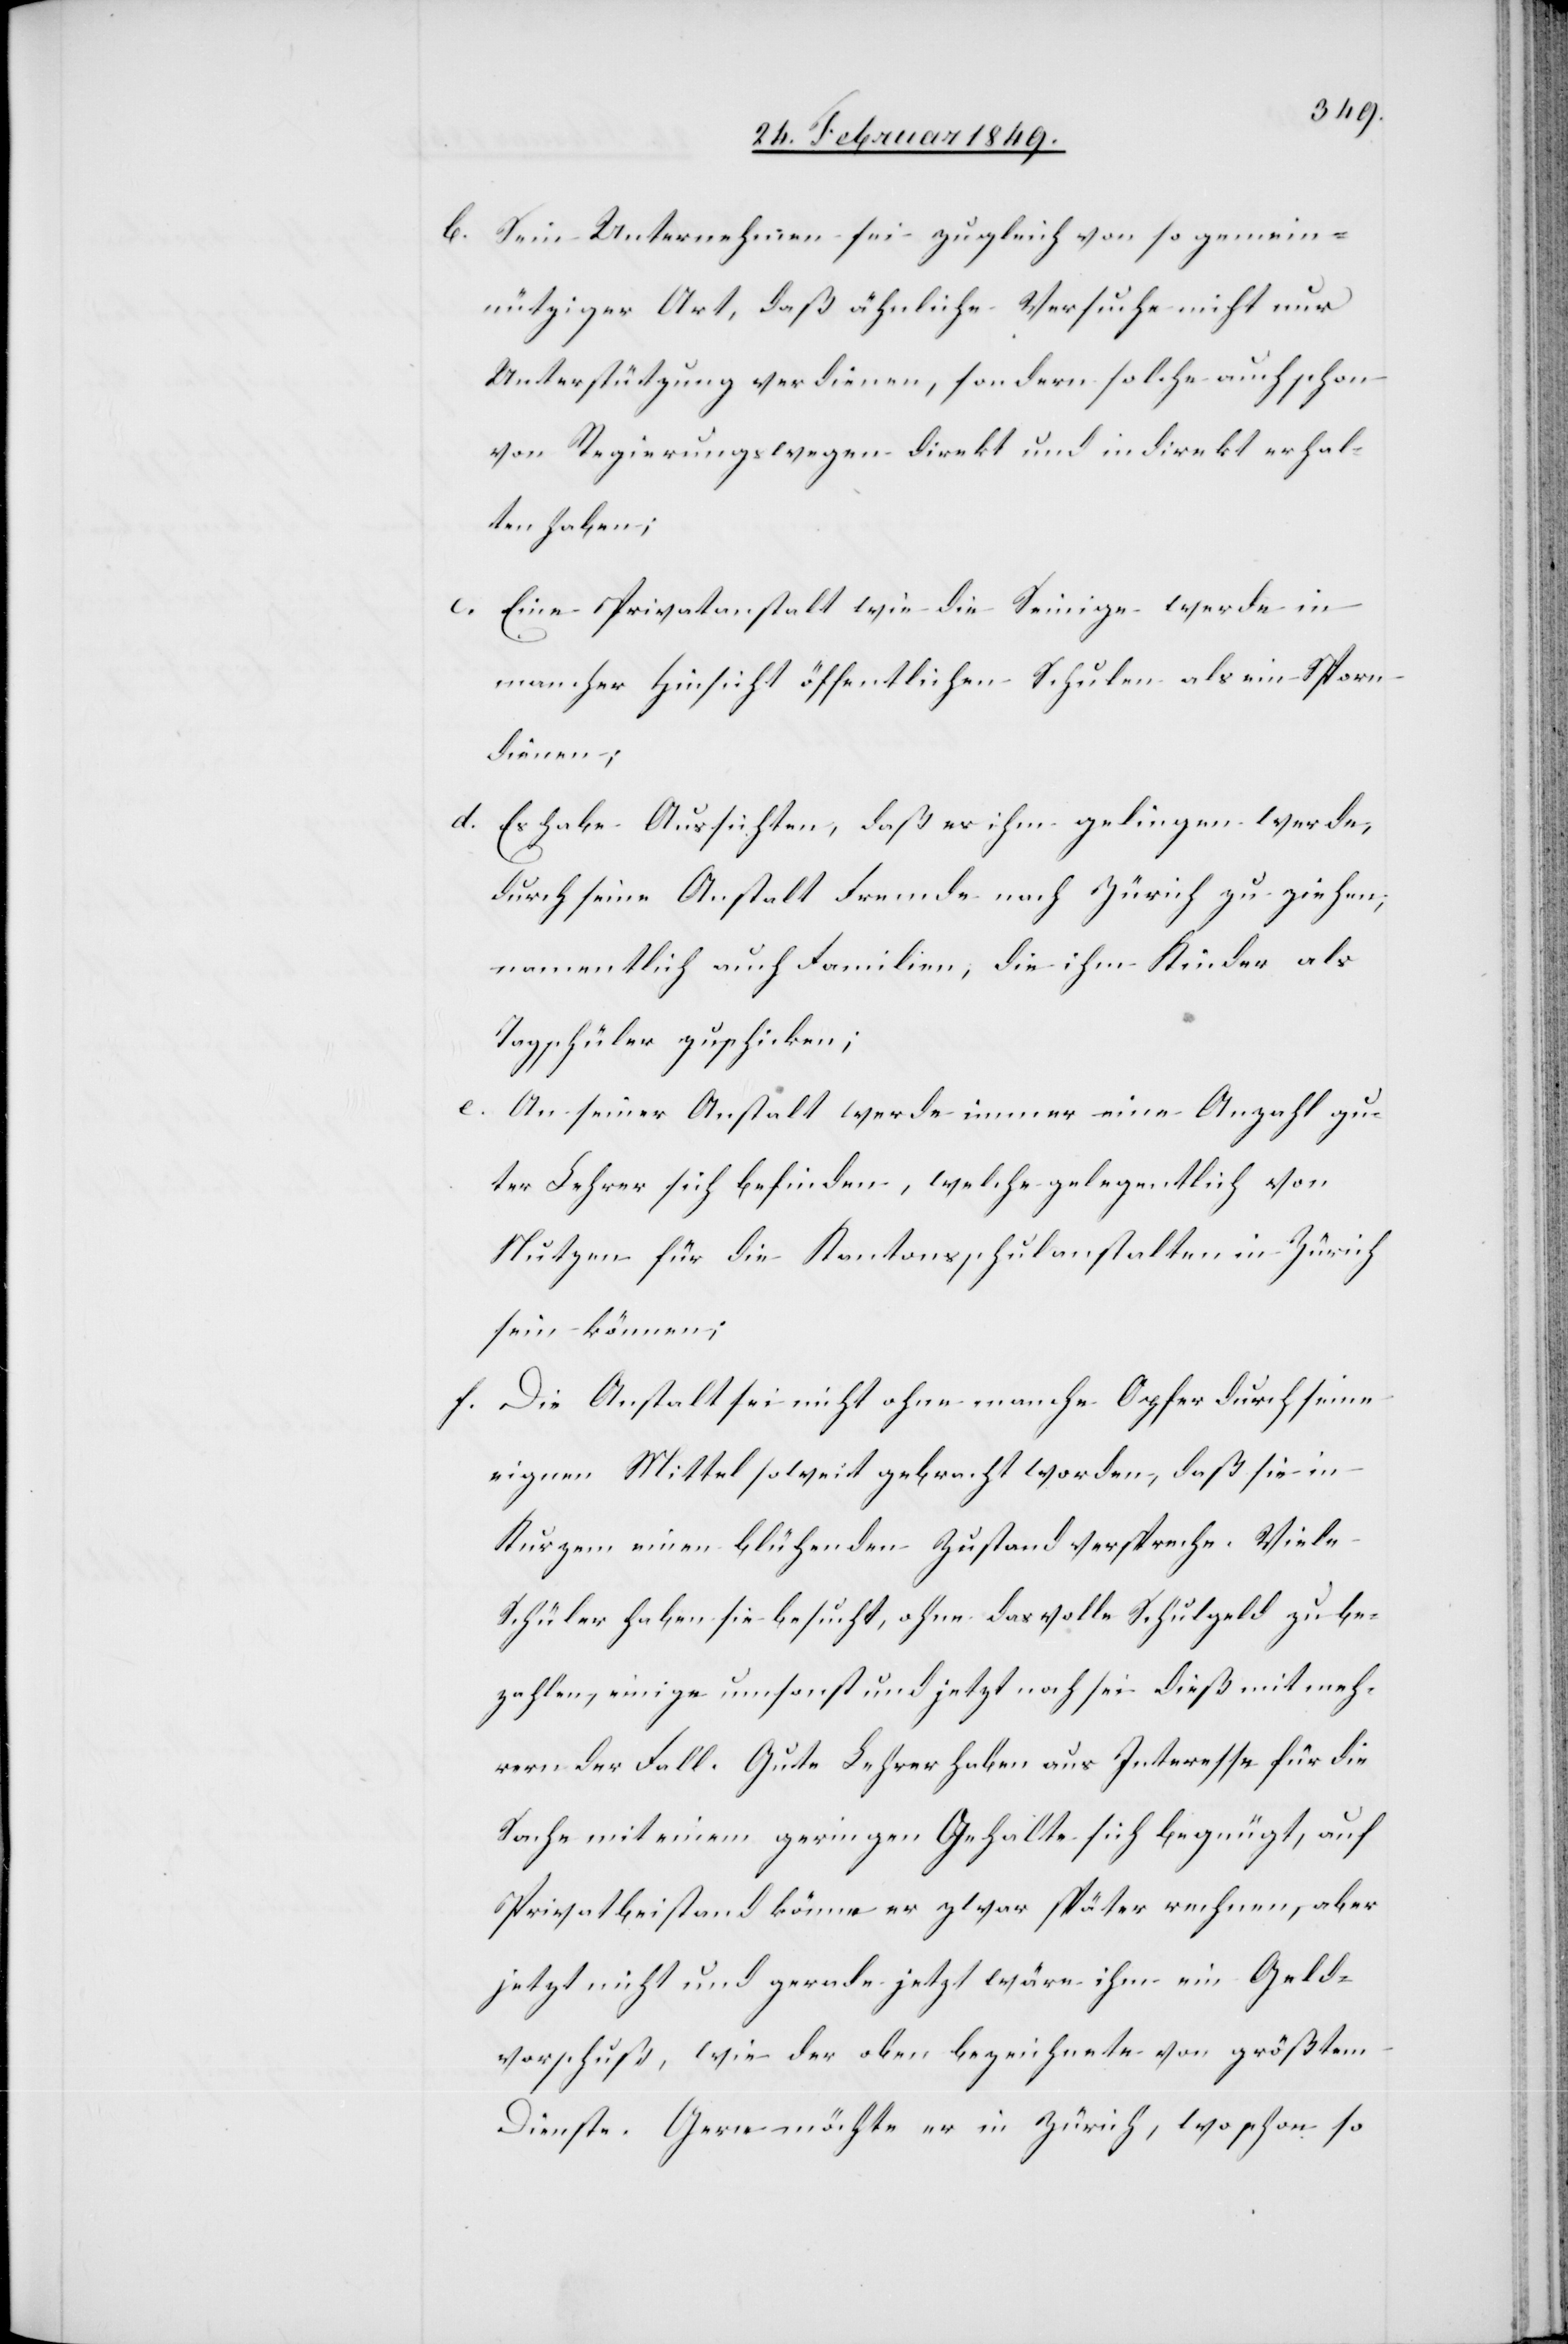
b. Sein Unternehmen sei zugleich von so gemein¬
nütziger Art, daß ähnliche Versuche nicht nur
Unterstützung verdienen, sondern solche auch schon
von Regierungs wegen direkt und indirekt erhal¬
ten haben;
c. Eine Privatanstalt wie die Seinige werde in
mancher Hinsicht öffentlichen Schulen als ein Sporn
dienen;
d.
Es habe Aussichten, daß es ihm gelingen werde,
durch seine Anstalt Fremde nach Zürich zu ziehen,
namentlich auch Familien, die ihm Kinder als
Tagschüler zuschicken;
e. An seiner Anstalt werde immer eine Anzahl gu¬
ter Lehrer sich befinden, welche gelegentlich von
Nutzen für die Kantonsschulanstalten in Zürich
sein können;
f. Die Anstalt sei nicht ohne manche Opfer durch seine
eigenen Mittel soweit gebracht worden, daß sie in
Kurzem einen blühenden Zustand verspreche. Viele
Schüler haben sie besucht, ohne das volle Schulgeld zu be¬
zahlen, einige umsonst und jetzt noch sei dieß mit meh¬
rern der Fall. Gute Lehrer haben aus Interesse für die
Sache mit einem geringen Gehalte sich begnügt, auf
Privatbeistand könne er zwar später rechnen, aber
jetzt nicht und gerade jetzt wäre ihm ein Geld¬
vorschuß, wie der oben bezeichnete von größtem
Dienste. Gern möchte er in Zürich, wo schon so